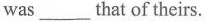
was___that of theirs.